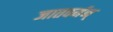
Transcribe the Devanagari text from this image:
जातवर्मन्‌